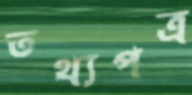
তথ্যপত্র